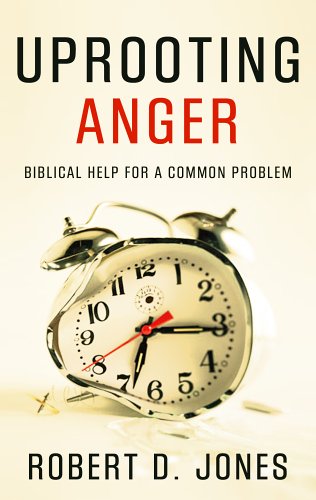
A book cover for Uprooting Anger: Biblical Help for a Common Problem; Robert D. Jones; Self-Help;